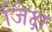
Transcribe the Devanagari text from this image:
जिंक्ष